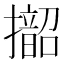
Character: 𱡁